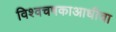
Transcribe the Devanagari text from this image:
विश्वचषकाआधीचा